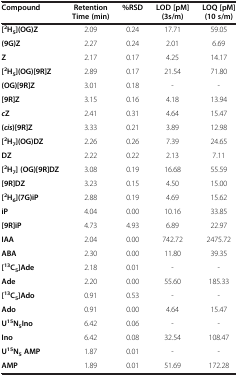
<table><thead><tr><td><b>Compound</b></td><td><b>Retention Time (min)</b></td><td><b>%RSD</b></td><td><b>LOD [pM] (3s/m)</b></td><td><b>LOQ [pM] (10 s/m)</b></td></tr></thead><tbody><tr><td><b>[</b><sup><b>2</b></sup><b>H</b><sub><b>5</b></sub><b>](OG)Z</b></td><td>2.09</td><td>0.24</td><td>17.71</td><td>59.05</td></tr><tr><td><b>(9G)Z</b></td><td>2.27</td><td>0.24</td><td>2.01</td><td>6.69</td></tr><tr><td><b>Z</b></td><td>2.17</td><td>0.17</td><td>4.25</td><td>14.17</td></tr><tr><td><b>[</b><sup><b>2</b></sup><b>H</b><sub><b>5</b></sub><b>](OG)[9R]Z</b></td><td>2.89</td><td>0.17</td><td>21.54</td><td>71.80</td></tr><tr><td><b>(OG)[9R]Z</b></td><td>3.01</td><td>0.18</td><td>-</td><td>-</td></tr><tr><td><b>[9R]Z</b></td><td>3.15</td><td>0.16</td><td>4.18</td><td>13.94</td></tr><tr><td><b><i>c</i></b><b>Z</b></td><td>2.41</td><td>0.31</td><td>4.64</td><td>15.47</td></tr><tr><td><b>(</b><b><i>cis</i></b><b>)[9R]Z</b></td><td>3.33</td><td>0.21</td><td>3.89</td><td>12.98</td></tr><tr><td><b>[</b><sup><b>2</b></sup><b>H</b><sub><b>7</b></sub><b>](OG)DZ</b></td><td>2.26</td><td>0.26</td><td>7.39</td><td>24.65</td></tr><tr><td><b>DZ</b></td><td>2.22</td><td>0.22</td><td>2.13</td><td>7.11</td></tr><tr><td><b>[</b><sup><b>2</b></sup><b>H</b><sub><b>7</b></sub><b>] (OG)[9R]DZ</b></td><td>3.08</td><td>0.19</td><td>16.68</td><td>55.59</td></tr><tr><td><b>[9R]DZ</b></td><td>3.23</td><td>0.15</td><td>4.50</td><td>15.00</td></tr><tr><td><b>[</b><sup><b>2</b></sup><b>H</b><sub><b>6</b></sub><b>](7G)iP</b></td><td>2.88</td><td>0.19</td><td>4.69</td><td>15.62</td></tr><tr><td><b>iP</b></td><td>4.04</td><td>0.00</td><td>10.16</td><td>33.85</td></tr><tr><td><b>[9R]iP</b></td><td>4.73</td><td>4.93</td><td>6.89</td><td>22.97</td></tr><tr><td><b>IAA</b></td><td>2.04</td><td>0.00</td><td>742.72</td><td>2475.72</td></tr><tr><td><b>ABA</b></td><td>2.30</td><td>0.00</td><td>11.80</td><td>39.35</td></tr><tr><td><b>[</b><sup><b>13</b></sup><b>C</b><sub><b>5</b></sub><b>]Ade</b></td><td>2.18</td><td>0.01</td><td>-</td><td>-</td></tr><tr><td><b>Ade</b></td><td>2.20</td><td>0.00</td><td>55.60</td><td>185.33</td></tr><tr><td><b>[</b><sup><b>13</b></sup><b>C</b><sub><b>5</b></sub><b>]Ado</b></td><td>0.91</td><td>0.53</td><td>-</td><td>-</td></tr><tr><td><b>Ado</b></td><td>0.91</td><td>0.00</td><td>4.64</td><td>15.47</td></tr><tr><td><b>U</b><sup><b>15</b></sup><b>N</b><sub><b>5</b></sub><b>Ino</b></td><td>6.42</td><td>0.06</td><td>-</td><td>-</td></tr><tr><td><b>Ino</b></td><td>6.42</td><td>0.08</td><td>32.54</td><td>108.47</td></tr><tr><td><b>U</b><sup><b>15</b></sup><b>N</b><sub><b>5</b></sub><b>AMP</b></td><td>1.87</td><td>0.01</td><td>-</td><td>-</td></tr><tr><td><b>AMP</b></td><td>1.89</td><td>0.01</td><td>51.69</td><td>172.28</td></tr></tbody></table>